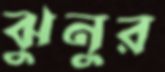
ঝুনুর